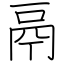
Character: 鬲